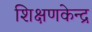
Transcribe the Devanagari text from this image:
शिक्षणकेन्द्र